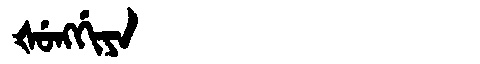
Manchu: ᡧᡠᠩᡤᡳᠶᠠ
Romanization: ŠUNGGIYA